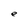
Character: e